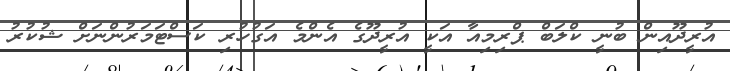
އުރީދޫއިން ބުނީ ކްލަބް ޕްރިމިއާ އަކީ އުރީދޫގެ އެންމެ އަގުހުރި ކަސްޓަމަރުންނަށް ޝުކުރު